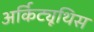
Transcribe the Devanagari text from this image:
अर्किट्यूथिस